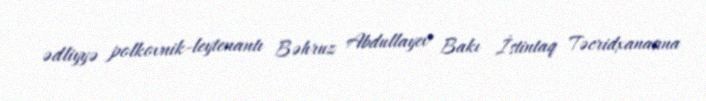
ədliyyə polkovnik-leytenantı Bəhruz Abdullayev Bakı İstintaq Təcridxanasına